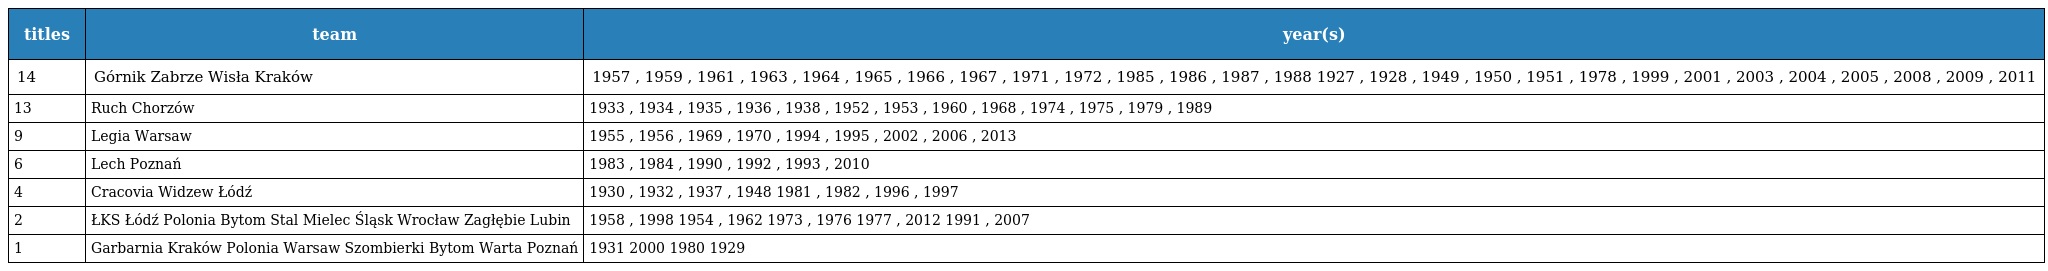
| titles | team | year(s) |
 | --- | --- | --- |
 | 14 | Górnik Zabrze Wisła Kraków | 1957 , 1959 , 1961 , 1963 , 1964 , 1965 , 1966 , 1967 , 1971 , 1972 , 1985 , 1986 , 1987 , 1988 1927 , 1928 , 1949 , 1950 , 1951 , 1978 , 1999 , 2001 , 2003 , 2004 , 2005 , 2008 , 2009 , 2011 |
 | 13 | Ruch Chorzów | 1933 , 1934 , 1935 , 1936 , 1938 , 1952 , 1953 , 1960 , 1968 , 1974 , 1975 , 1979 , 1989 |
 | 9 | Legia Warsaw | 1955 , 1956 , 1969 , 1970 , 1994 , 1995 , 2002 , 2006 , 2013 |
 | 6 | Lech Poznań | 1983 , 1984 , 1990 , 1992 , 1993 , 2010 |
 | 4 | Cracovia Widzew Łódź | 1930 , 1932 , 1937 , 1948 1981 , 1982 , 1996 , 1997 |
 | 2 | ŁKS Łódź Polonia Bytom Stal Mielec Śląsk Wrocław Zagłębie Lubin | 1958 , 1998 1954 , 1962 1973 , 1976 1977 , 2012 1991 , 2007 |
 | 1 | Garbarnia Kraków Polonia Warsaw Szombierki Bytom Warta Poznań | 1931 2000 1980 1929 |